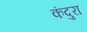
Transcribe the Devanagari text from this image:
कंदुरा